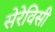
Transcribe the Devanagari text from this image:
सेरेविसी